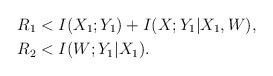
LaTeX: \begin{align*} R_1 &< I(X_1;Y_1)+I(X;Y_1|X_1,W),\\ R_2 &< I(W;Y_1|X_1). \end{align*}